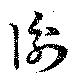
衡